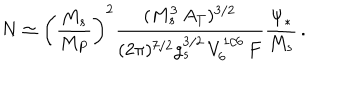
LaTeX: N \simeq \left( \frac { M _ { s } } { M _ { P } } \right) ^ { 2 } \frac { ( M _ { s } ^ { 3 } \, A _ { T } ) ^ { 3 / 2 } } { ( 2 \pi ) ^ { 7 / 2 } g _ { s } ^ { 3 / 2 } \, V _ { 6 } ^ { 1 / 6 } \, F } \frac { \Psi _ { * } } { M _ { s } } \, .